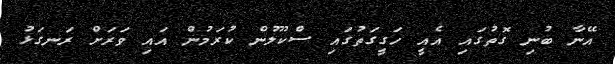
އޭނާ ބުނި ގޮތުގައި އެއީ ހަގީގަތުގައި ސްކޫލުން ކުރަމުން އައި ވަރަށް ރަނގަޅު